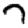
Digit: 7